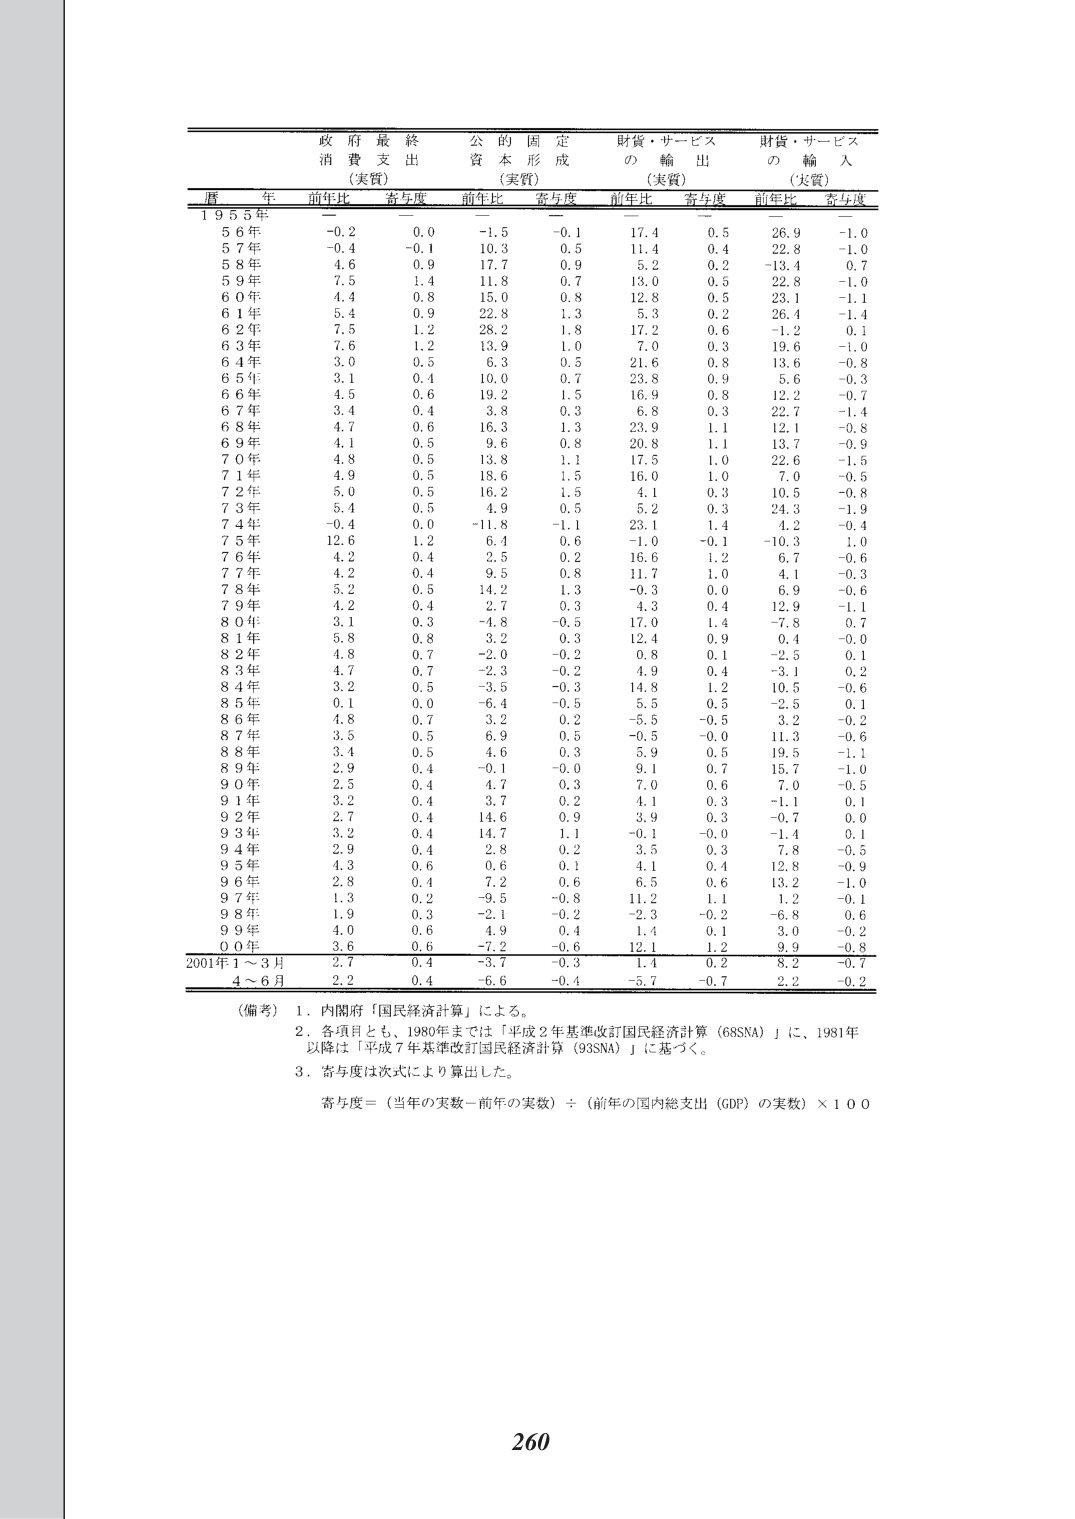
政府最終支出
消費（実質）
前年比 寄与度

公的固定資本形成
（実質）
前年比 寄与度

財貨・サービスの輸出
（実質）
前年比 寄与度

財貨・サービスの輸入
（実質）
前年比 寄与度

暦年

1955年
56年 -0.2 0.0 -1.5 -0.1 17.4 0.5 26.9 -1.0
57年 -0.4 -0.1 10.3 0.5 11.4 0.4 22.8 -1.0
58年 4.6 0.9 17.7 0.9 5.2 0.2 -13.4 0.7
59年 7.5 1.4 11.8 0.7 13.0 0.5 22.8 -1.0
60年 4.4 0.8 15.0 0.8 12.8 0.5 23.1 -1.1
61年 5.4 0.9 22.8 1.3 5.3 0.2 26.4 -1.4
62年 7.5 1.2 28.2 1.8 17.2 0.6 -1.2 0.1
63年 7.6 1.2 13.9 1.0 7.0 0.3 19.6 -1.0
64年 3.0 0.5 6.3 0.5 21.6 0.8 13.6 -0.8
65年 3.1 0.4 10.0 0.7 23.8 0.9 5.6 -0.3
66年 4.5 0.6 19.2 1.5 16.9 0.8 12.2 -0.7
67年 3.4 0.4 3.8 0.3 6.8 0.3 22.7 -1.4
68年 4.7 0.6 16.3 1.3 23.9 1.1 12.1 -0.8
69年 4.1 0.5 9.6 0.8 20.8 1.1 13.7 -0.9
70年 4.8 0.5 13.8 1.1 17.5 1.0 22.6 -1.5
71年 4.9 0.5 18.6 1.5 16.0 1.0 7.0 -0.5
72年 5.0 0.5 16.2 1.5 4.1 0.3 10.5 -0.8
73年 5.4 0.5 4.9 0.5 5.2 0.3 24.3 -1.9
74年 -0.4 0.0 -11.8 -1.1 23.1 1.4 4.2 -0.4
75年 12.6 1.2 6.4 0.6 -1.0 -0.1 -10.3 1.0
76年 4.2 0.4 2.5 0.2 16.6 1.2 6.7 -0.6
77年 4.2 0.4 9.5 0.8 11.7 1.0 4.1 -0.3
78年 5.2 0.5 14.2 1.3 -0.3 0.0 6.9 -0.6
79年 4.2 0.4 2.7 0.3 4.3 0.4 12.9 -1.1
80年 3.1 0.3 -4.8 -0.5 17.0 1.4 -7.8 0.7
81年 5.8 0.8 3.2 0.3 12.4 0.9 0.4 -0.0
82年 4.8 0.7 -2.0 -0.2 0.8 0.1 -2.5 0.1
83年 4.7 0.7 -2.3 -0.2 4.9 0.4 -3.1 0.2
84年 3.2 0.5 -3.5 -0.3 14.8 1.2 10.5 -0.6
85年 0.1 0.0 -6.4 -0.5 5.5 0.5 -2.5 0.1
86年 4.8 0.7 3.2 0.2 -5.5 -0.5 3.2 -0.2
87年 3.5 0.5 6.9 0.5 -0.5 -0.0 11.3 -0.6
88年 3.4 0.5 4.6 0.3 5.9 0.5 19.5 -1.1
89年 2.9 0.4 -0.1 -0.0 9.1 0.7 15.7 -1.0
90年 2.5 0.4 4.7 0.3 7.0 0.6 7.0 -0.5
91年 3.2 0.4 3.7 0.2 4.1 0.3 -1.1 0.1
92年 2.7 0.4 14.6 0.9 3.9 0.3 -0.7 0.0
93年 3.2 0.4 14.7 1.1 -0.1 -0.0 -1.4 0.1
94年 2.9 0.4 2.8 0.2 3.5 0.3 7.8 -0.5
95年 4.3 0.6 0.6 0.1 4.1 0.4 12.8 -0.9
96年 2.8 0.4 7.2 0.6 6.5 0.6 13.2 -1.0
97年 1.3 0.2 -9.5 -0.8 11.2 1.1 1.2 -0.1
98年 1.9 0.3 -2.1 -0.2 -2.3 -0.2 -6.8 0.6
99年 4.0 0.6 4.9 0.4 1.4 0.1 3.0 -0.2
00年 3.6 0.6 -7.2 -0.6 12.1 1.2 9.9 -0.8

2001年1～3月 2.7 0.4 -3.7 -0.3 1.4 0.2 8.2 -0.7
4～6月 2.2 0.4 -6.6 -0.4 -5.7 -0.7 2.2 -0.2

（備考）1．内閣府「国民経済計算」による。
2．各項目とも、1980年までは「平成2年基準改訂国民経済計算（68SNA）」に、1981年以降は「平成7年基準改訂国民経済計算（93SNA）」に基づく。
3．寄与度は次式により算出した。
寄与度＝（当年の実数－前年の実数）÷（前年の国内総支出（GDP）の実数）×100

260